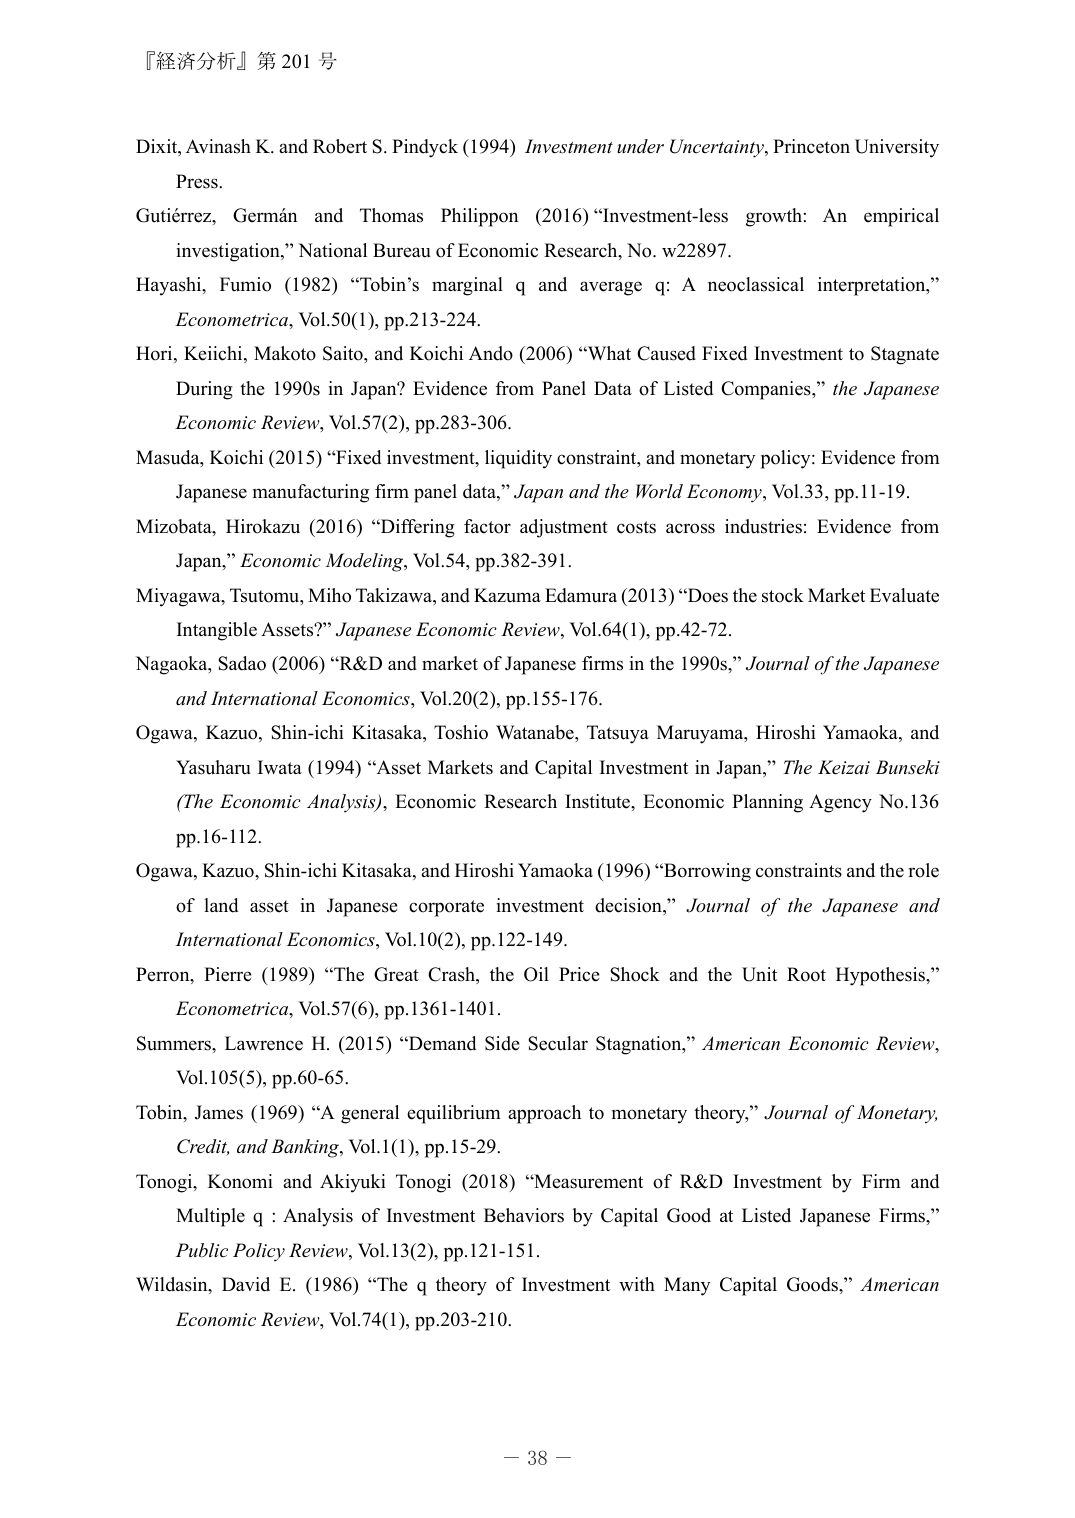
『経済分析』第201号

Dixit, Avinash K. and Robert S. Pindyck (1994) Investment under Uncertainty, Princeton University Press.

Gutiérrez, Germán and Thomas Philippon (2016) “Investment-less growth: An empirical investigation,” National Bureau of Economic Research, No. w22897.

Hayashi, Fumio (1982) “Tobin’s marginal q and average q: A neoclassical interpretation,” Econometrica, Vol.50(1), pp.213-224.

Hori, Keiichi, Makoto Saito, and Koichi Ando (2006) “What Caused Fixed Investment to Stagnate During the 1990s in Japan? Evidence from Panel Data of Listed Companies,” the Japanese Economic Review, Vol.57(2), pp.283-306.

Masuda, Koichi (2015) “Fixed investment, liquidity constraint, and monetary policy: Evidence from Japanese manufacturing firm panel data,” Japan and the World Economy, Vol.33, pp.11-19.

Mizobata, Hirokazu (2016) “Differing factor adjustment costs across industries: Evidence from Japan,” Economic Modeling, Vol.54, pp.382-391.

Miyagawa, Tsutomu, Miho Takizawa, and Kazuma Edamura (2013) “Does the stock Market Evaluate Intangible Assets?” Japanese Economic Review, Vol.64(1), pp.42-72.

Nagaoka, Sadao (2006) “R&D and market of Japanese firms in the 1990s,” Journal of the Japanese and International Economics, Vol.20(2), pp.155-176.

Ogawa, Kazuo, Shin-ichi Kitasaka, Toshio Watanabe, Tatsuya Maruyama, Hiroshi Yamaoka, and Yasuharu Iwata (1994) “Asset Markets and Capital Investment in Japan,” The Keizai Bunkesi (The Economic Analysis), Economic Research Institute, Economic Planning Agency No.136 pp.16-112.

Ogawa, Kazuo, Shin-ichi Kitasaka, and Hiroshi Yamaoka (1996) “Borrowing constraints and the role of land asset in Japanese corporate investment decision,” Journal of the Japanese and International Economics, Vol.10(2), pp.122-149.

Perron, Pierre (1989) “The Great Crash, the Oil Price Shock and the Unit Root Hypothesis,” Econometrica, Vol.57(6), pp.1361-1401.

Summers, Lawrence H. (2015) “Demand Side Secular Stagnation,” American Economic Review, Vol.105(5), pp.60-65.

Tobin, James (1969) “A general equilibrium approach to monetary theory,” Journal of Monetary, Credit, and Banking, Vol.1(1), pp.15-29.

Tonogi, Konomi and Akiyuki Tonogi (2018) “Measurement of R&D Investment by Firm and Multiple q : Analysis of Investment Behaviors by Capital Good at Listed Japanese Firms,” Public Policy Review, Vol.13(2), pp.121-151.

Wildasin, David E. (1986) “The q theory of Investment with Many Capital Goods,” American Economic Review, Vol.74(1), pp.203-210.

－ 38 －